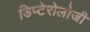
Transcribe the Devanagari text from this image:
डिप्टेरोलोजी